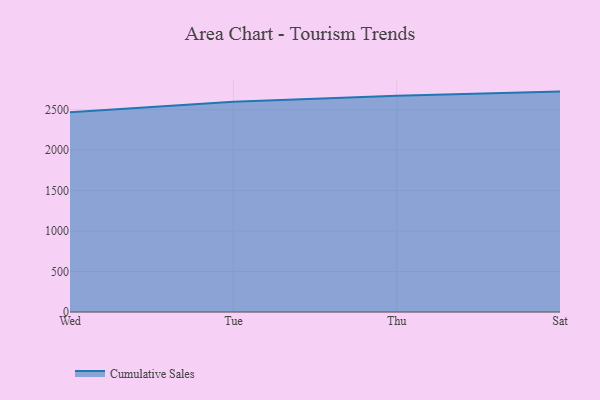
{"axis": {"x": "Day", "y": "LTV (USD)"}, "legend": ["Cumulative Sales"], "data": [{"x": "Wed", "y": 2466.5, "type": "Cumulative Sales"}, {"x": "Tue", "y": 2598.6, "type": "Cumulative Sales"}, {"x": "Thu", "y": 2672.3, "type": "Cumulative Sales"}, {"x": "Sat", "y": 2722.8, "type": "Cumulative Sales"}]}